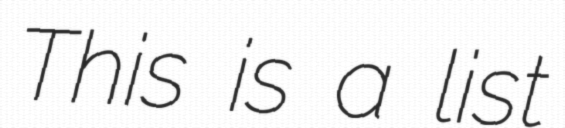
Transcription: This is a list